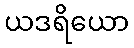
ယဒရိယော